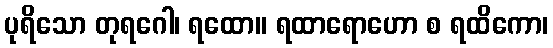
ပုရိသော တုရဂေါ၊ ရထော။ ရထာရောဟော စ ရထိကော၊